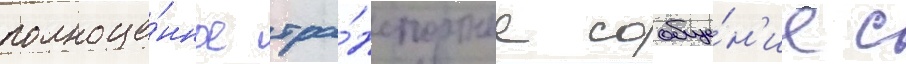
полноце́нное тра́нспортное сообще́н'ие с